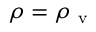
\rho = \rho _ { \mathrm { ~ v ~ } }